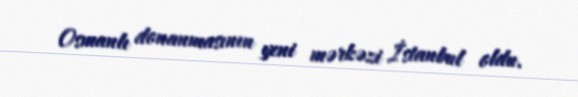
Osmanlı donanmasının yeni mərkəzi İstanbul oldu.